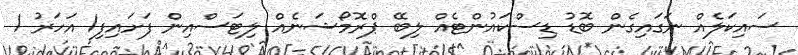
ސައިކަލެއް ނަގައިގެން ބޮޑު ޑިސްކައުންޓެއް ލިބޭ ޕްރޮމޯޝަނެއް ލިޓަސްއިން ފަށައިފި1 އަހަރު 1